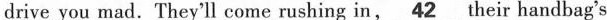
drive you mad.They'll come rushing in,\underline42.Their handbag's